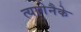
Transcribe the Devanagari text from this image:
त्यागेनैके